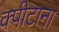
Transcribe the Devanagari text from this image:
क्पीटाना